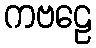
ကဗဠေ